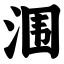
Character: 涠